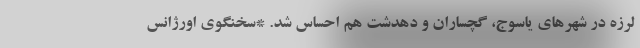
لرزه در شهرهای یاسوج، گچساران و دهدشت هم احساس شد. *سخنگوی اورژانس